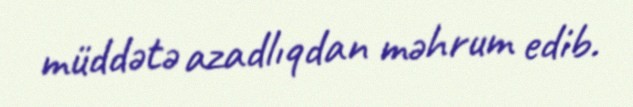
müddətə azadlıqdan məhrum edib.